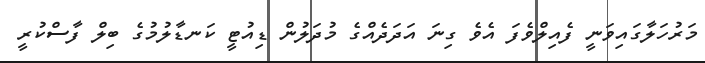
މަރުހަލާގައިވަނީ ފެއިލްވެފަ އެވެ ގިނަ އަދަދެއްގެ މުދަލުން ޑިއުޓީ ކަނޑާލުމުގެ ބިލް ފާސްކުރީ